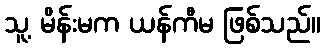
သူ့ မိန်းမက ယန်ကီမ ဖြစ်သည်။